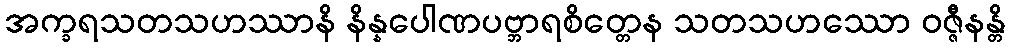
အက္ခရသတသဟဿာနိ နိန္နပေါဏပဗ္ဘာရစိတ္တေန သတသဟဿော ဝဇ္ဇီနန္တိ